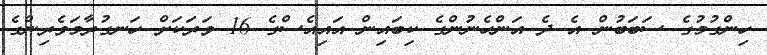
ހިންގުމުގެ ސަބަބުން އެ ދެ އަންހެނުންގެ ކިބައިން އައިއެސްގެ 16 ވަރަކަށް ހަނގުރާމަވެރިންގެ